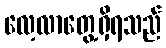
လေ့လာတွေ့ရှိရသည်